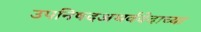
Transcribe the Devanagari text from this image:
उपनिषदअथर्ववेदाच्या